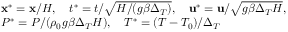
\begin{array} { r l } & { \mathbf { x } ^ { * } = \mathbf { x } / H , \ \ \ t ^ { * } = t / \sqrt { H / ( g \beta \Delta _ { T } ) } , \ \ \ \mathbf { u } ^ { * } = \mathbf { u } / \sqrt { g \beta \Delta _ { T } H } , } \\ & { P ^ { * } = P / ( \rho _ { 0 } g \beta \Delta _ { T } H ) , \ \ \ T ^ { * } = ( T - T _ { 0 } ) / \Delta _ { T } } \end{array}